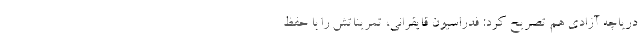
دریاچه آزادی هم تصریح کرد: فدراسیون قایقرانی، تمریناتش را با حفظ